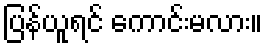
ပြန်ယူရင် ကောင်းမလား။